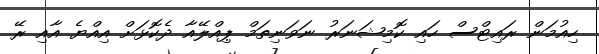
ހިއުމަން ރައިޓްސް ހައި ކޮމިޝަނަރު ނަވަނިތަމް ޕިއްލޭއާ ދެކޮޅަށް އިއްޔެ އާއި ރޭ